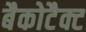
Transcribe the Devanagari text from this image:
बैकोटैक्ट